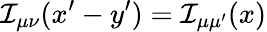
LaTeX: {\cal I}_{\mu\nu}(x^{\prime}-y^{\prime})={\cal I}_{\mu\mu^{\prime}}(x)